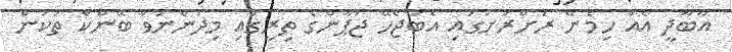
އާބާދީ އެއް ހިމެނޭ ރަށްރަށުގައި އެބަޖެހޭ ޖަޕާންގެ ތިރީގައި މިދަންނަވާ ބޭންކް ތަކުން